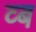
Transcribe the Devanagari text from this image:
व्ब